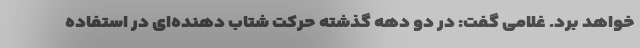
خواهد برد. غلامی گفت: در دو دهه گذشته حرکت شتاب دهنده‌ای در استفاده